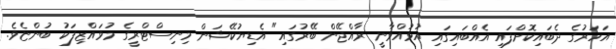
އަހަރުގެ ދެބައިކޮށްފައި އެއްބައިގައި އުޅުއްވާނީ ރާއްޖޭން ބޭރުގައި" އެޑިޔުކޭޝަން މިނިސްޓްރީގެ މުވައްޒިފަކު ބުންޏެވެ.